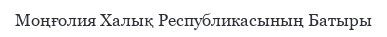
Моңғолия Халық Республикасының Батыры